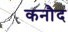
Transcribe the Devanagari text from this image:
कनौद